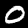
Label: 0